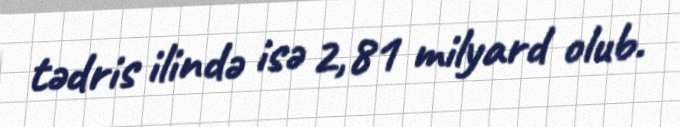
tədris ilində isə 2,81 milyard olub.